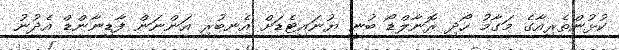
ކުޅުންތެރިއާގެ މަގާމު ހޯދި ރޮނާލްޑޯ ބުނީ ޔުނައިޓެޑަށް އެނބުރި އަންނަން ފާޑިނާންޑް އެދުނު